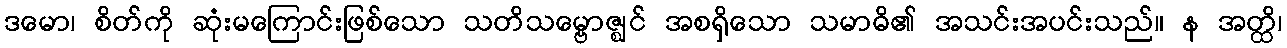
ဒမော၊ စိတ်ကို ဆုံးမကြောင်းဖြစ်သော သတိသမ္ဗောဇ္ဈင် အစရှိသော သမာဓိ၏ အသင်းအပင်းသည်။ န အတ္ထိ၊